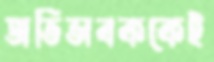
অভিভাবককেই